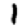
Digit: 1